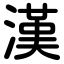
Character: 漢